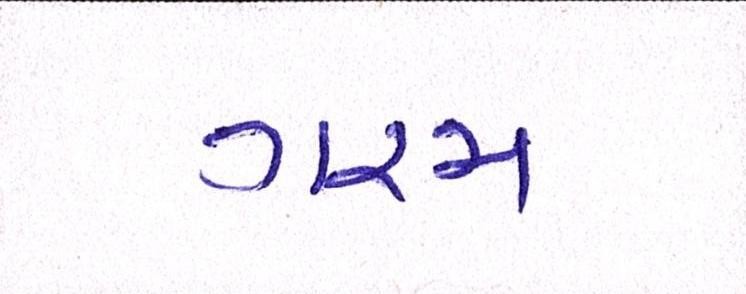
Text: ગરમ